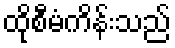
ထိုစီမံကိန်းသည်